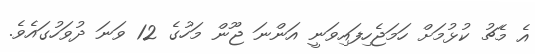
އެ މެޗު ކުޅުމަށް ހަމަޖެހިފައިވަނީ އަންނަ ޖޫން މަހުގެ 12 ވަނަ ދުވަހުގައެވެ.